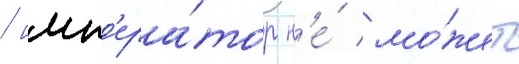
/ имп'ера́тор н'е́ мо́жет